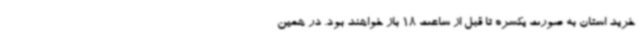
خرید استان به صورت یکسره تا قبل از ساعت 18 باز خواهند بود. در همین